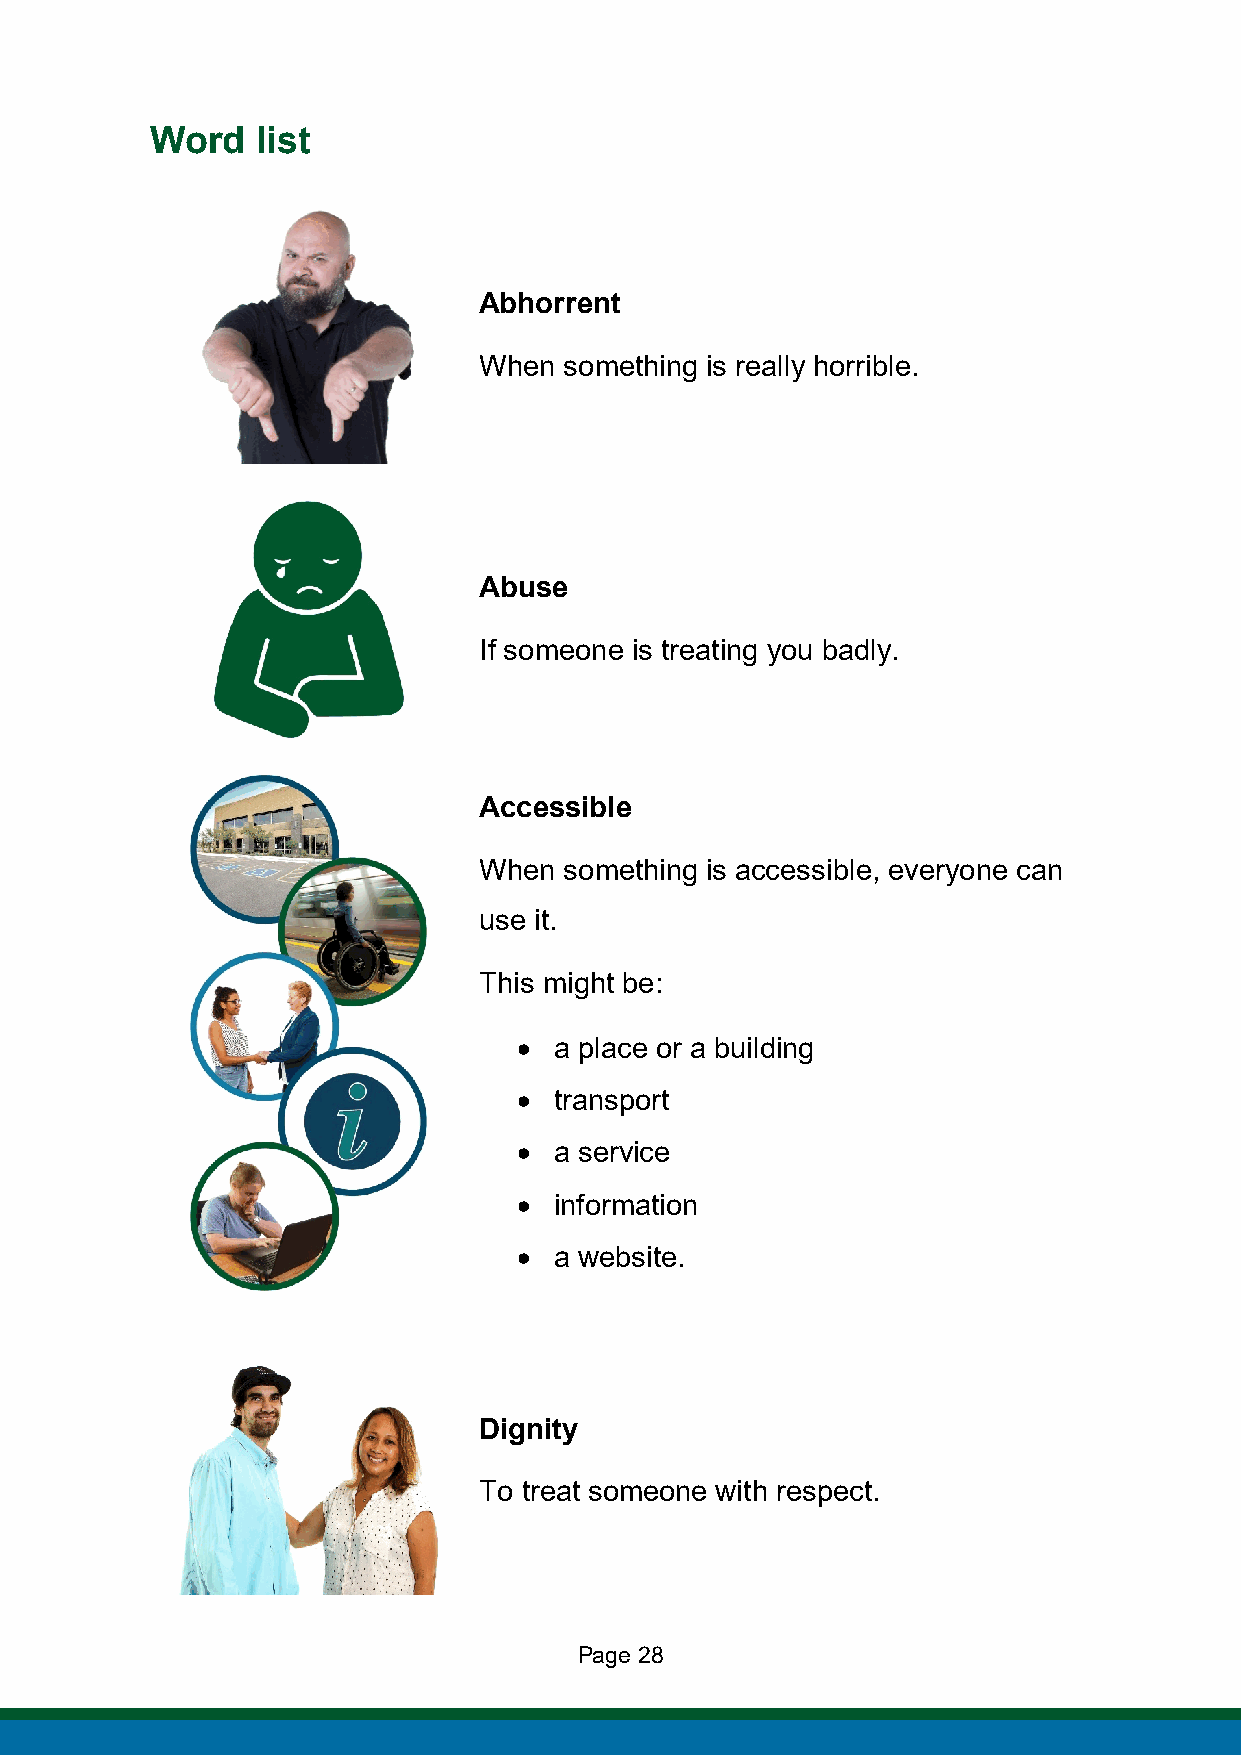
Word   list
 Abhorrent
 When something is really horrible.
 Abuse
 If someone is treating you badly.
 Accessible
 When something is accessible, everyone can
 use it.
 This might be:
 •  a place or a building
 •  transport
 •  a service
 •  information
 •  a website.
 Dignity
 To treat someone with respect.
 Page 28